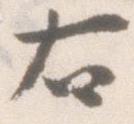
右